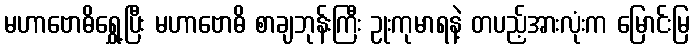
မဟာဗောဓိရွှေ့ပြီး မဟာဗောဓိ စာချဘုန်းကြီး ဥုးကုမာရနဲ့ တပည့်အားလုံးက မြောင်းမြ